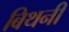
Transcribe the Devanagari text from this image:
बिथनी